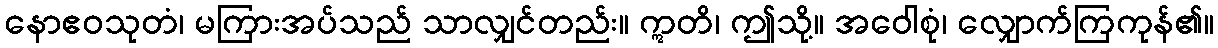
နောဧဝသုတံ၊ မကြားအပ်သည် သာလျှင်တည်း။ ဣတိ၊ ဤသို့။ အဝေါစုံ၊ လျှောက်ကြကုန်၏။